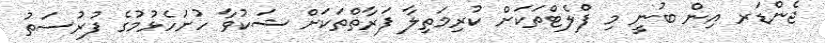
ޖެންޑަރ އިން ބުނީ މި ފްލެޓްތަކަށް ކުރިމަތިލާ ފަރާތްތަކަށް ޝަކުވާ ހުށަހެޅުމުގެ ފުުރުސަތު